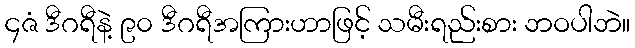
၄ဇံ ဒီဂရီနဲ့ ၉၀ ဒီဂရီအကြားဟာဖြင့် သမီးရည်းစား ဘဝပါဘဲ။